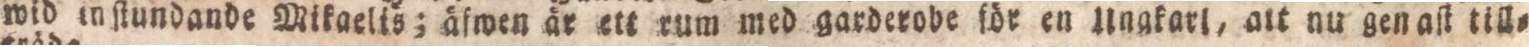
wid inſtundande Wikaelis; äfwen är ett rum med garderobe för en llngkarl, att nu gen aſt till=